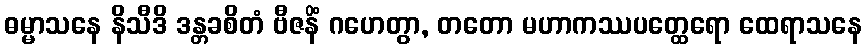
ဓမ္မာသနေ နိသီဒိ ဒန္တခစိတံ ဗီဇနိံ ဂဟေတွာ, တတော မဟာကဿပတ္ထေရော ထေရာသနေ